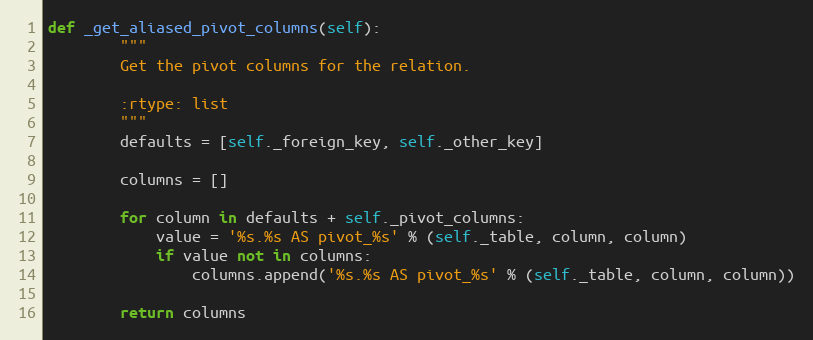
Language: Python
def _get_aliased_pivot_columns(self):
        """
        Get the pivot columns for the relation.

        :rtype: list
        """
        defaults = [self._foreign_key, self._other_key]

        columns = []

        for column in defaults + self._pivot_columns:
            value = '%s.%s AS pivot_%s' % (self._table, column, column)
            if value not in columns:
                columns.append('%s.%s AS pivot_%s' % (self._table, column, column))

        return columns